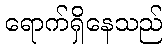
ရောက်ရှိနေသည်